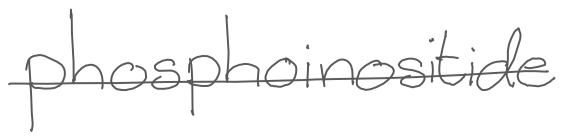
Text: phosphoinositide
Cross-out: single-line
Writing tool: digital_gray